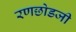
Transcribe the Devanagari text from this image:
रणछोडजी